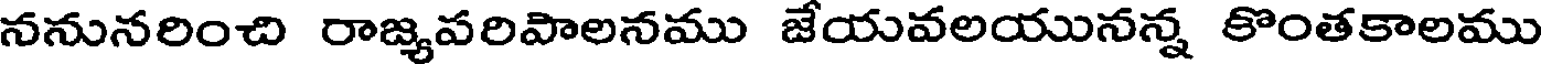
ననునరించి రాజ్యపరిపాలనము జేయవలయునన్న కొంతకాలము